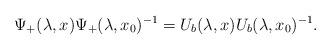
LaTeX: \begin{align*} \Psi_+(\lambda,x) \Psi_+(\lambda,x_0)^{-1} = U_b(\lambda,x) U_b(\lambda,x_0)^{-1}. \end{align*}